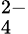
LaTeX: _4^{2-}